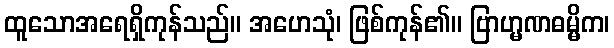
ထူသောအရေရှိကုန်သည်။ အဟေသုံ၊ ဖြစ်ကုန်၏။ ဗြာဟ္မဏဓမ္မိက၊